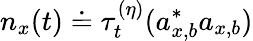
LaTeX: n_{x}(t)\doteq\tau_{t}^{(\eta)}(a_{x,b}^{\ast}a_{x,b})